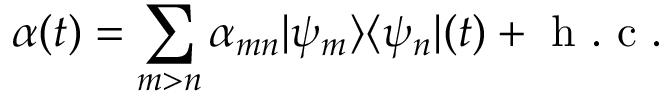
\alpha ( t ) = \sum _ { m > n } \alpha _ { m n } | \psi _ { m } \rangle \langle \psi _ { n } | ( t ) + \mathrm { ~ h ~ . ~ c ~ . ~ }